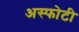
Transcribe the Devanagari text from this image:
अस्फोटी